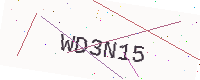
Text: WD3N15